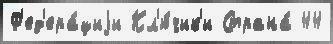
Ф'ед'ера́циjи Кл'ю́чик'и Страна́ 44